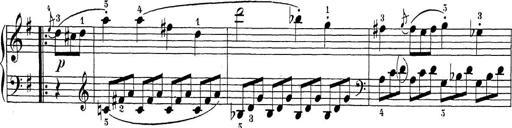
Title: Sonatina Album
Composer: Louis KÃ¶hler